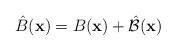
LaTeX: \begin{align*}\hat{B}({\bf x}) = B({\bf x}) + \hat{\cal B}({\bf x})\end{align*}